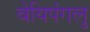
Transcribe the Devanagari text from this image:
वेयिपंगलु